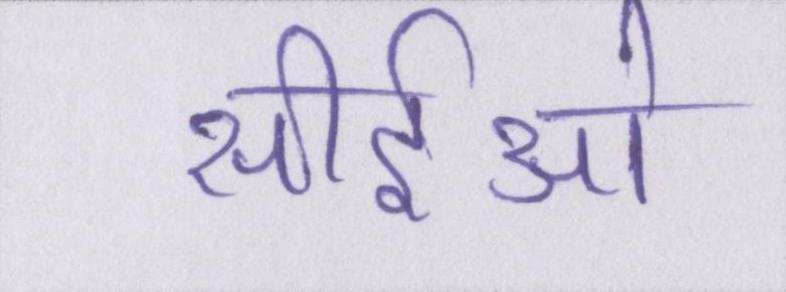
सीईओ